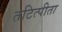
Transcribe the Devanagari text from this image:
तटित्पीता